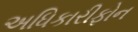
અધિકારીફોન